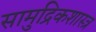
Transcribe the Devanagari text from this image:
सामुद्रिकशास्त्र